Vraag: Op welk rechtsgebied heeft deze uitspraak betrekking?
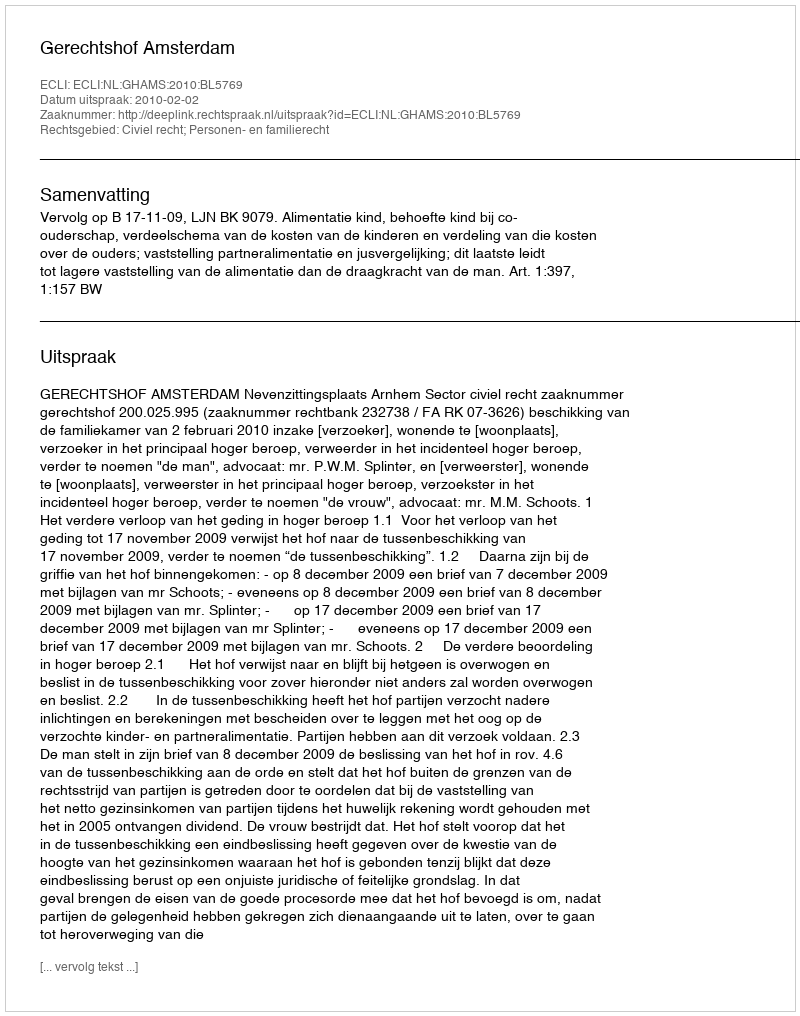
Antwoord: Civiel recht; Personen- en familierecht